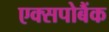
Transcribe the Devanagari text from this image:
एक्सपोबैंक